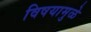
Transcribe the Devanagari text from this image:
विषयामुळे